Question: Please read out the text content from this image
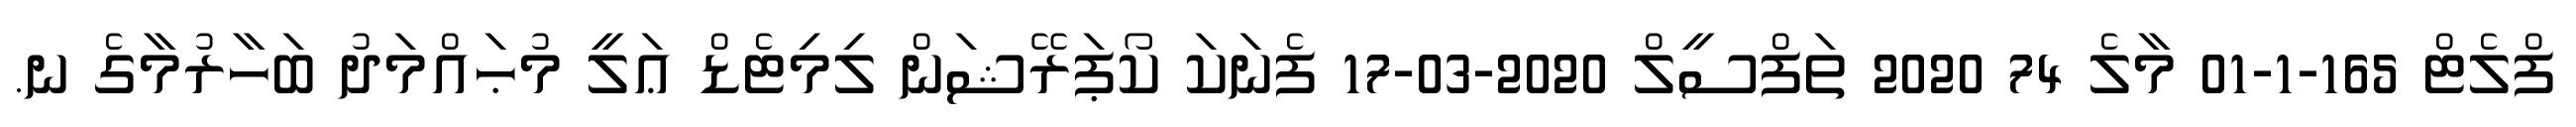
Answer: ފްލެޓް 165-1-01 މާލެ 74 2020 ތަފްސީލް 2020-03-17 ފެނަކަ ކޯޕަރޭޝަން ލިމިޓެޑް ޢަލީ މުޙައްމަދު ބަހާރުމާގެ ނ.